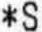
*S